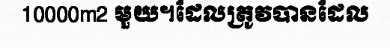
10000m2 មួយ។ដែលត្រូវបានដែល